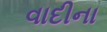
વાદીના